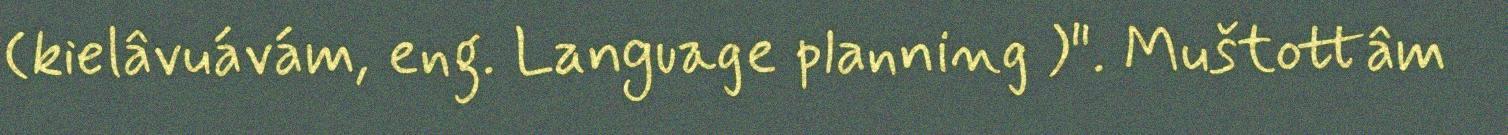
(kielâvuávám, eng. Language planning )". Muštottâm